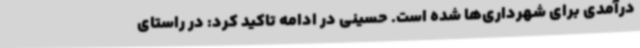
درآمدی برای شهرداری‌ها شده است. حسینی در ادامه تاکید کرد: در راستای